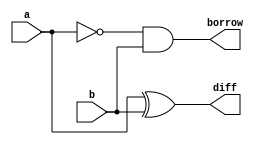
module HalfSubtractor( diff, borrow, a, b);
  output diff,borrow;
  input a, b;
  assign diff = a ^ b;
  assign borrow = (~a)&b;
endmodule

module FullSubtractor_using2halfsubtractors( diff,Bout, a, b, Bin);
  output diff, Bout;
  input a, b, Bin;
  wire diff1, bout1, bout2;
  HalfSubtractor HS1(diff1, bout1, a, b);
  HalfSubtractor HS2(diff, bout2, diff1, Bin);
  or g1(Bout, bout1, bout2);
endmodule